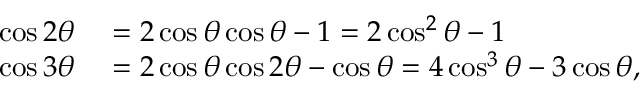
\begin{array} { r l } { \cos 2 \theta } & { { } = 2 \cos \theta \cos \theta - 1 = 2 \cos ^ { 2 } \theta - 1 } \\ { \cos 3 \theta } & { { } = 2 \cos \theta \cos 2 \theta - \cos \theta = 4 \cos ^ { 3 } \theta - 3 \cos \theta , } \end{array}